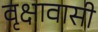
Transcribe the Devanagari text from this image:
वृक्षावासी